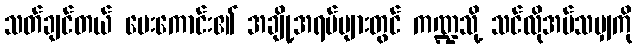
သတ်ချင်တယ် ပေးကောင်း၏ အချို့အရပ်များတွင် ကဏ္ဍသို့ သင်လိုအပ်သမျှကို